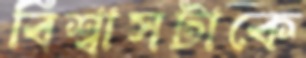
বিশ্বাসটাকে